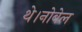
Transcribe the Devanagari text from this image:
थे।नोबेल